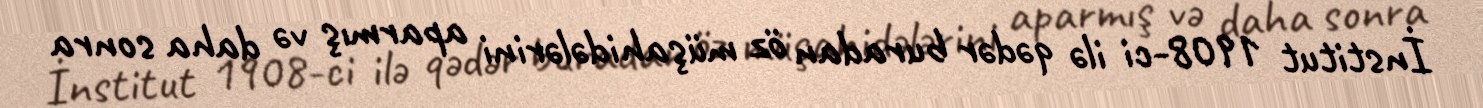
İnstitut 1908-ci ilə qədər buradan öz müşahidələrini aparmış və daha sonra